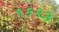
૧૬૨૩